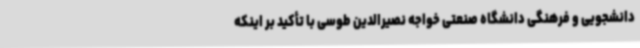
دانشجویی و فرهنگی دانشگاه صنعتی خواجه نصیرالدین طوسی با تأکید بر اینکه